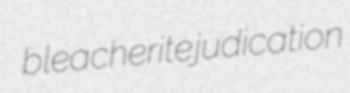
bleacherite judication